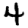
Digit: 4